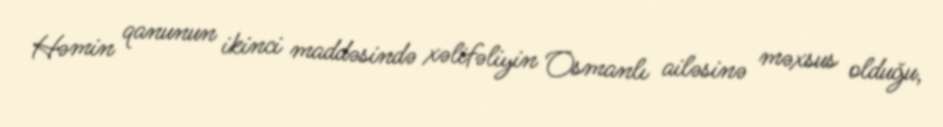
Həmin qanunun ikinci maddəsində xəlifəliyin Osmanlı ailəsinə məxsus olduğu,